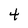
Character: 4